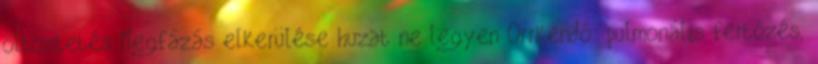
öltöztetés Megfázás elkerülése huzat ne legyen Orrkendő: pulmonális fertőzés,